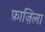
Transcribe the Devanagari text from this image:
फ़ाज़िला